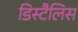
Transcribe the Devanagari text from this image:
डिस्टैलिस